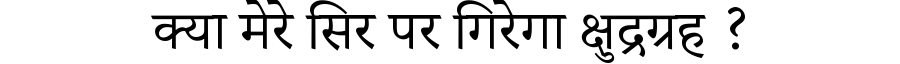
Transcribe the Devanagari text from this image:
क्या मेरे सिर पर गिरेगा क्षुद्रग्रह ?